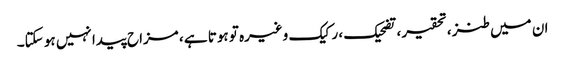
ان میں طنز ، تحقیر ، تضحیک ، رکیک وغیرہ تو ہوتا ہے ، مزاح پیدا نہیں ہو سکتا۔